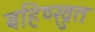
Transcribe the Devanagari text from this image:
बहिष्ख्रुत